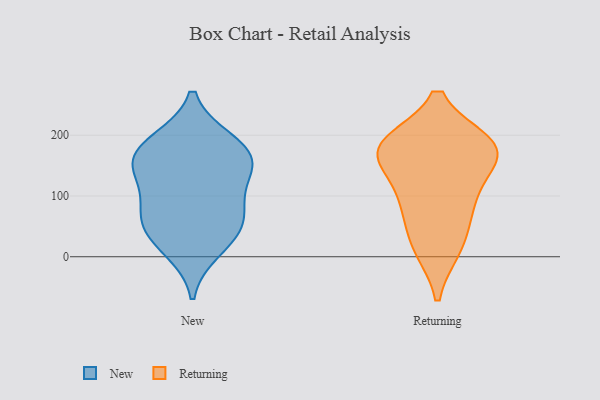
{"axis": {"x": "Population (Million)", "y": "Value"}, "legend": ["New", "Returning"], "data": [{"x": "", "y": 82, "type": "New"}, {"x": "", "y": 150, "type": "New"}, {"x": "", "y": 97, "type": "New"}, {"x": "", "y": 58, "type": "New"}, {"x": "", "y": 191, "type": "New"}, {"x": "", "y": 191, "type": "New"}, {"x": "", "y": 146, "type": "New"}, {"x": "", "y": 32, "type": "New"}, {"x": "", "y": 55, "type": "New"}, {"x": "", "y": 158, "type": "New"}, {"x": "", "y": 11, "type": "New"}, {"x": "", "y": 157, "type": "New"}, {"x": "", "y": 113, "type": "Returning"}, {"x": "", "y": 77, "type": "Returning"}, {"x": "", "y": 180, "type": "Returning"}, {"x": "", "y": 179, "type": "Returning"}, {"x": "", "y": 15, "type": "Returning"}, {"x": "", "y": 159, "type": "Returning"}, {"x": "", "y": 181, "type": "Returning"}, {"x": "", "y": 88, "type": "Returning"}, {"x": "", "y": 179, "type": "Returning"}, {"x": "", "y": 185, "type": "Returning"}, {"x": "", "y": 19, "type": "Returning"}]}